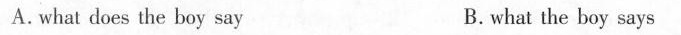
A.what does the boy say B. what the boy says